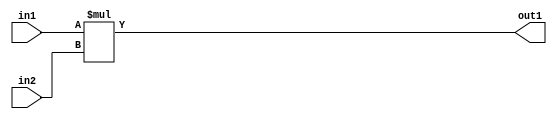
`timescale 1ps / 1ps
/*****************************************************************************
    Verilog RTL Description
    
    
    Created by: Stratus DpOpt 2019.1.01 
*******************************************************************************/

module GauFilter_Mul_2Ux2U_4U_1 (
	in2,
	in1,
	out1
	); /* architecture "behavioural" */ 
input [1:0] in2,
	in1;
output [3:0] out1;
wire [3:0] asc001;

assign asc001 = 
	+(in1 * in2);

assign out1 = asc001;
endmodule

/* CADENCE  urj0Qwk= : u9/ySgnWtBlWxVPRXgAZ4Og= ** DO NOT EDIT THIS LINE ******/